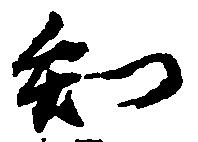
知